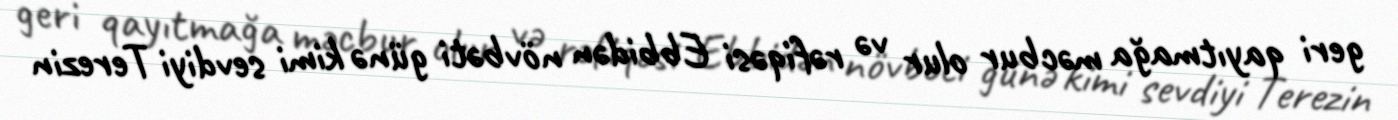
geri qayıtmağa məcbur olur və rəfiqəsi Ebbidən növbəti günə kimi sevdiyi Terezin